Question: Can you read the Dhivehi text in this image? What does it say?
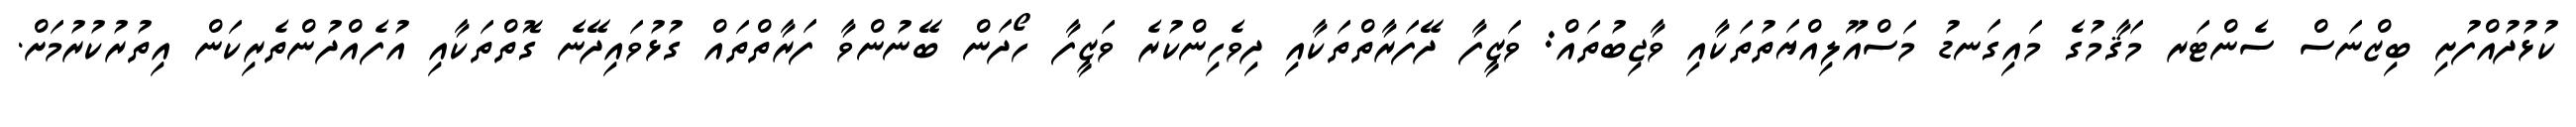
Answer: ކުޅުދުއްފުށި ބިޒްނަސް ސެންޓަރ މަޤާމުގެ މައިގަނޑު މަސްއޫލިއްޔަތުތަކާއި ވާޖިބުތައް: ވަޒީފާ ދޭފަރާތްތަކާއި ދިވެހިންކުރެ ވަޒީފާ ހޯދަން ބޭނުންވާ ފަރާތްތައް ގުޅުވައިދޭނެ ގޮތްތަކާއި އުފެއްދުންތެރިކަން އިތުރުކުރުމަށް.